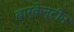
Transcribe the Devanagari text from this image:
बार्केन्टीन